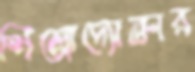
শিল্পোদ্যোক্তার